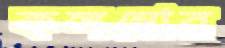
কলম্বোর